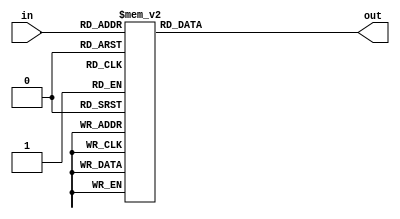
`timescale 1ns / 1ps
//////////////////////////////////////////////////////////////////////////////////
// Company: 
// Engineer: 
// 
// Design Name: 
// Module Name: bin_to_bcd.
// Project Name: Bin_To_Bcd IP.
// Target Devices: All
// Tool Versions: 
// Description: This is a bin_to_bcd IP library.
// 
// Dependencies: None
// 
// Revision:
// Revision 0.01 - File Created
// Additional Comments:
// 
//////////////////////////////////////////////////////////////////////////////////

module add3(in,out);
input [3:0] in;
output [3:0] out;
reg [3:0] out;

always @ (in)
	case (in)
	4'b0000: out <= 4'b0000;
	4'b0001: out <= 4'b0001;
	4'b0010: out <= 4'b0010;
	4'b0011: out <= 4'b0011;
	4'b0100: out <= 4'b0100;
	4'b0101: out <= 4'b1000;
	4'b0110: out <= 4'b1001;
	4'b0111: out <= 4'b1010;
	4'b1000: out <= 4'b1011;
	4'b1001: out <= 4'b1100;
	default: out <= 4'b0000;
	endcase
endmodule


module bin_to_bcd(
	input [7:0] in,
	output [3:0] ones, tens,
	output [1:0] hundreds
    );

wire [3:0] c1,c2,c3,c4,c5,c6,c7;
wire [3:0] d1,d2,d3,d4,d5,d6,d7;

assign d1 = {1'b0,in[7:5]};
assign d2 = {c1[2:0],in[4]};
assign d3 = {c2[2:0],in[3]};
assign d4 = {c3[2:0],in[2]};
assign d5 = {c4[2:0],in[1]};
assign d6 = {1'b0,c1[3],c2[3],c3[3]};
assign d7 = {c6[2:0],c4[3]};
add3 m1(d1,c1);
add3 m2(d2,c2);
add3 m3(d3,c3);
add3 m4(d4,c4);
add3 m5(d5,c5);
add3 m6(d6,c6);
add3 m7(d7,c7);
assign ones = {c5[2:0],in[0]};
assign tens = {c7[2:0],c5[3]};
assign hundreds = {c6[3],c7[3]};
endmodule